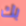
بك